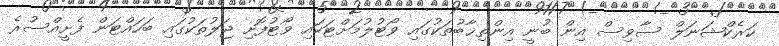
ކަރެކްޝަނަލް ސާވިސް އިން ބުނީ އިންތިޚާބުތަކުގައި ވޯޓުލުމަށްޓަކައި ވޯޓުފޮށި ޖަލުތަކުގައި ބަހައްޓަން ފެށީއްސުރެ